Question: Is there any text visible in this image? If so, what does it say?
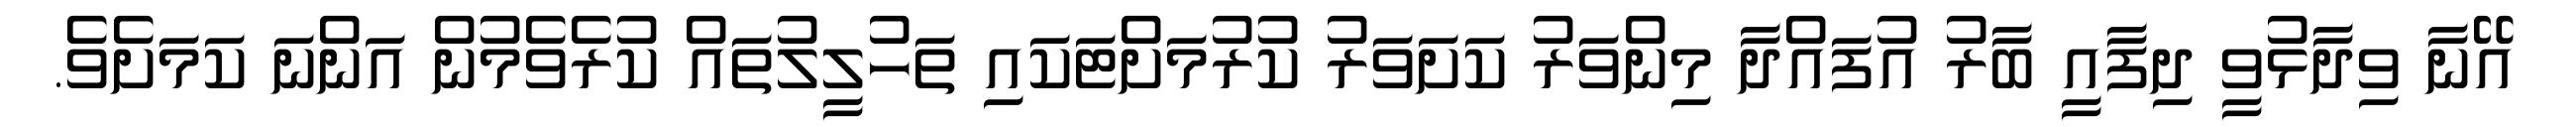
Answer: އޭނާ ވިދާޅުވީ ދިފާއީ ބާރު އުފައްދާ މިންވަރު ކަށަވަރު ކުރުމަށްޓަކައި ތަހުލީލުތައް ކުރެވެމުން އަންނަ ކަމަށެވެ.